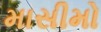
માસીમો